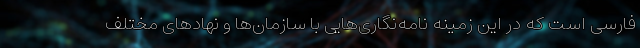
فارسی است که در این زمینه نامه‌نگاری‌هایی با سازمان‌ها و نهادهای مختلف